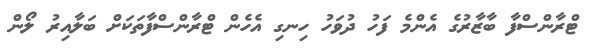
ޓްރާންސްފާ ބާޒާރުގެ އެންމެ ފަހު ދުވަހު ހިނގި އެހެން ޓްރާންސްފާތަކަށް ބަލާއިރު ލޯން